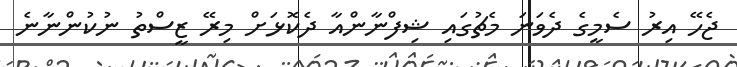
ޖެހޭ އިރު ސެމީގެ ދެވަނަ މެޗުގައި ޝިފްނާންއާ ދެކޮޅަށް މިރޭ ޒީސްތު ނުކުންނާނެ